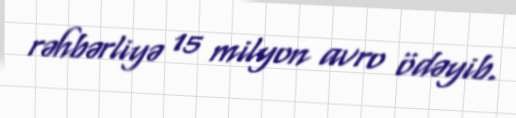
rəhbərliyə 15 milyon avro ödəyib.